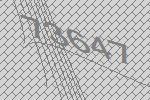
73647